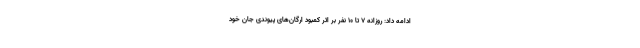
ادامه داد: روزانه ۷ تا ۱۰ نفر بر اثر کمبود ارگان‌های پیوندی جان خود